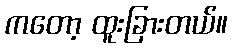
ကတော့ ထူးခြားတယ်။